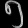
Digit: ၅